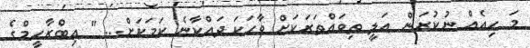
މަ ހިއެއް ނުކުރަން އަލީ ތިވައްތަރަކަށް ވާހަކަ ދައްކާނެ ކަމަކަށް... " އިބްރާހީމްގެ